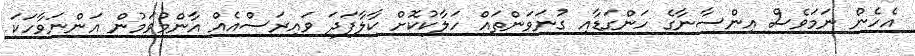
އެހެން ނަމަވެސް އިންސާނާގެ ހަންގަޑާއި ގުނަވަންތައް ހަލާކުކޮށް ކާލާފަދަ ވައިރަސްއެއް އާންމުވަމުން އަންނަވާހަކަ